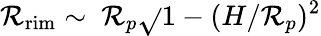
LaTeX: \mathcal{R}_{\mathrm{{rim}}}\sim~\mathcal{R}_{p}\sqrt{}{{1-(H/\mathcal{R}_{p})^{2}}}